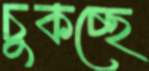
চুকচ্ছে